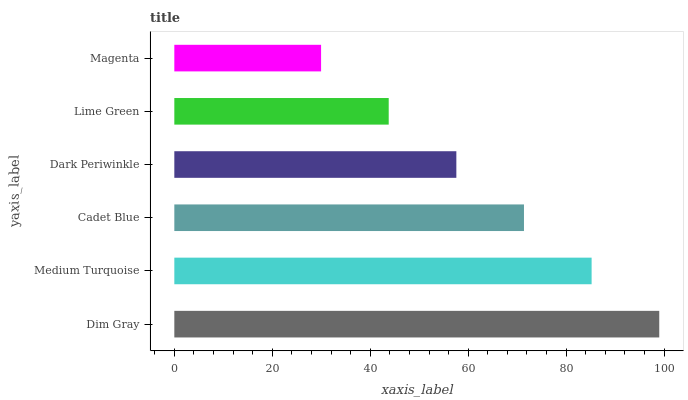
| yaxis_label | bars |
 | --- | --- |
 | Dim Gray | 99 |
 | Medium Turquoise | 85.2 |
 | Cadet Blue | 71.4 |
 | Dark Periwinkle | 57.6 |
 | Lime Green | 43.8 |
 | Magenta | 30 |